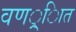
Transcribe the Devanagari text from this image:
वणर््िात